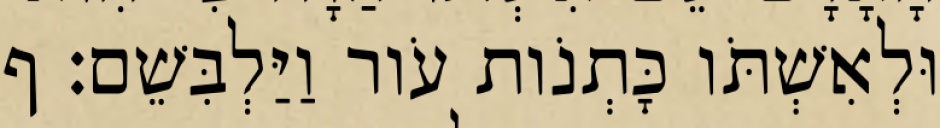
וּלְאִשְׁתֹּו כָּתְנֹות עֹור וַיַּלְבִּשֵׁם׃ ף